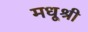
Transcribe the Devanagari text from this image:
मधूश्री